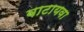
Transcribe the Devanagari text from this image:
वाटायवा